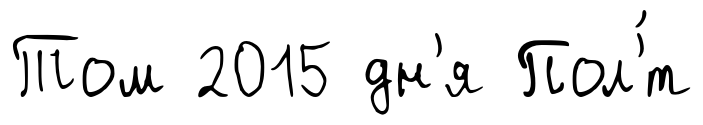
Том 2015 дн'я Пол'́т